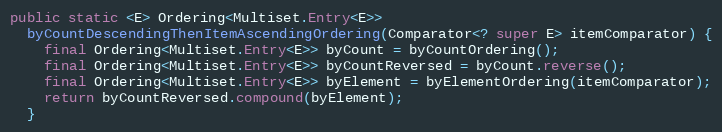
Language: Java
public static <E> Ordering<Multiset.Entry<E>>
  byCountDescendingThenItemAscendingOrdering(Comparator<? super E> itemComparator) {
    final Ordering<Multiset.Entry<E>> byCount = byCountOrdering();
    final Ordering<Multiset.Entry<E>> byCountReversed = byCount.reverse();
    final Ordering<Multiset.Entry<E>> byElement = byElementOrdering(itemComparator);
    return byCountReversed.compound(byElement);
  }